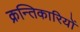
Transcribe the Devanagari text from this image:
क्रन्तिकारियों